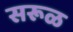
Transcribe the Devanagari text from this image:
सरूळ